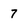
Character: 7